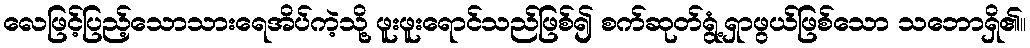
လေဖြင့်ပြည့်သောသားရေအိပ်ကဲ့သို့ ဖူးဖူးရောင်သည်ဖြစ်၍ စက်ဆုတ်ရွံ့ရှာဖွယ်ဖြစ်သော သဘောရှိ၏။